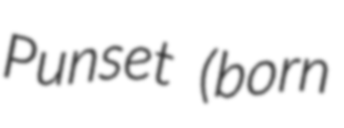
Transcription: Punset (born